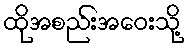
ထိုအစည်းအဝေးသို့